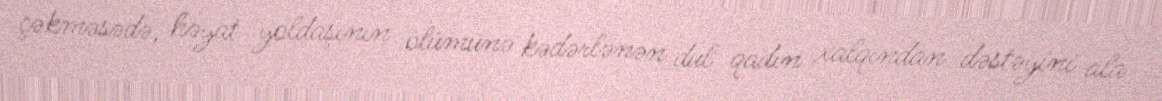
çəkməsədə, həyat yoldaşının ölümünə kədərlənən dul qadın xalqından dəstəyini ala